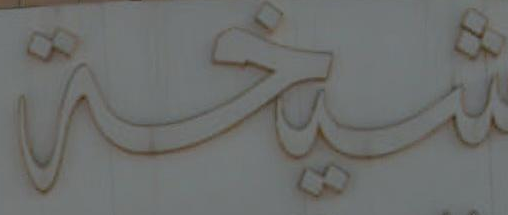
شيخة